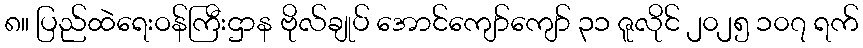
၈။ ပြည်ထဲရေးဝန်ကြီးဌာန ဗိုလ်ချုပ် အောင်ကျော်ကျော် ၃၁ ဇူလိုင် ၂၀၂၅ ၁၀၇ ရက်